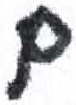
אות: ם